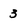
Character: 3